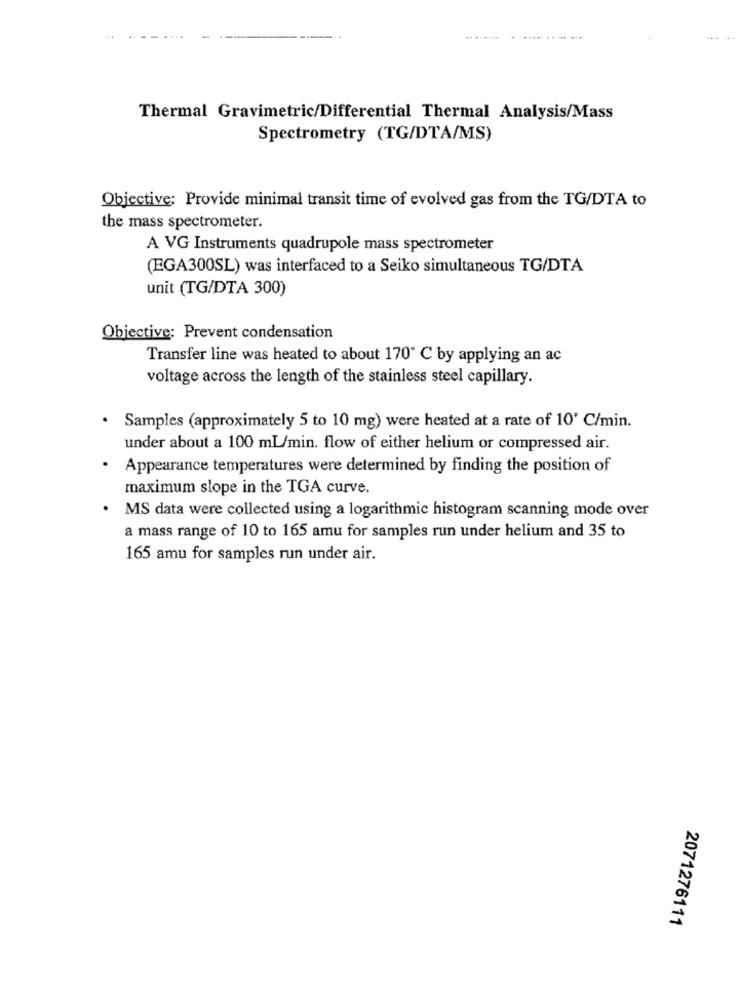
.. .......
Thermal Gravimetric/Differential Thermal Analysis/Mass
Spectrometry (TG/DTA/MS)
Objective: Provide minimal transit time of evolved gas from the TG/DTA to
the mass spectrometer.
A VG Instruments quadrupole mass spectrometer
(EGA300SL) was interfaced to a Seiko simultaneous TG/DTA
unit (TG/DTA 300)
Objective: Prevent condensation
Transfer line was heated to about 170 C by applying an ac
voltage across the length of the stainless steel capillary.
Samples (approximately 5 to 10 mg) were heated at a rate of 10' C/min.
under about a 100 ml/min. flow of either helium or compressed air.
Appearance temperatures were determined by finding the position of
maximum slope in the TGA curve.
MS data were collected using a logarithmic histogram scanning mode over
a mass range of 10 to 165 amu for samples run under helium and 35 to
165 amu for samples run under air.
2071276111